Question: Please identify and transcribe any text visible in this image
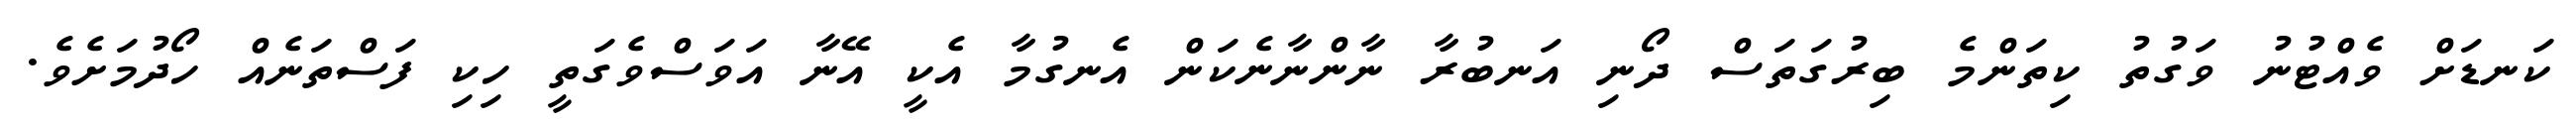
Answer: ކަނޑަށް ވެއްޓުނު ވަގުތު ކިތަންމެ ބިރުގަތަސް ދޯނި އަނބުރާ ނާންނާނެކަން އެނގުމާ އެކީ އޭނާ އަވަސްވެގަތީ ހިކި ފަސްތަނެއް ހޯދުމަށެވެ.